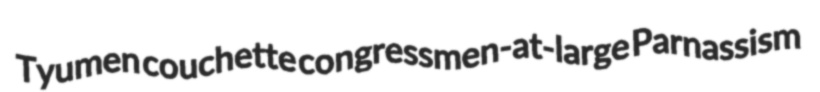
Tyumen couchette congressmen-at-large Parnassism